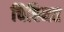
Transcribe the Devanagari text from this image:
चिह्‍नित